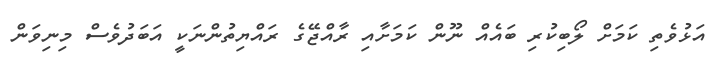
އަޅުވެތި ކަމަށް ލޯބިކުރި ބައެއް ނޫން ކަމަށާއި ރާއްޖޭގެ ރައްޔިތުންނަކީ އަބަދުވެސް މިނިވަން